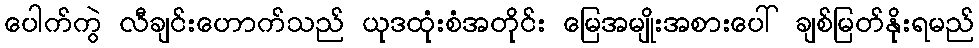
ပေါက်ကွဲ လီချင်းဟောက်သည် ယုဒထုံးစံအတိုင်း မြေအမျိုးအစားပေါ် ချစ်မြတ်နိုးရမည်